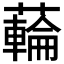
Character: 𮒜